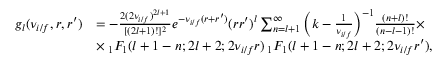
\begin{array} { r l } { g _ { l } ( \nu _ { i / f } , r , r ^ { \prime } ) } & { = - \frac { 2 ( 2 \nu _ { i / f } ) ^ { 2 l + 1 } } { [ ( 2 l + 1 ) ! ] ^ { 2 } } e ^ { - \nu _ { i / f } ( r + r ^ { \prime } ) } ( r r ^ { \prime } ) ^ { l } \sum _ { n = l + 1 } ^ { \infty } \Big ( k - \frac { 1 } { \nu _ { i / f } } \Big ) ^ { - 1 } \frac { ( n + l ) ! } { ( n - l - 1 ) ! } \times } \\ & { \times \: _ { 1 } F _ { 1 } ( l + 1 - n ; 2 l + 2 ; 2 \nu _ { i / f } r ) \: _ { 1 } F _ { 1 } ( l + 1 - n ; 2 l + 2 ; 2 \nu _ { i / f } r ^ { \prime } ) , } \end{array}